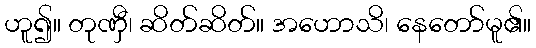
ဟူ၍။ တုဏှီ၊ ဆိတ်ဆိတ်။ အဟောသိ၊ နေတော်မူ၏။